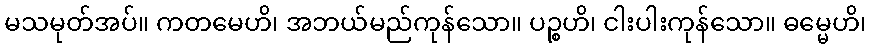
မသမုတ်အပ်။ ကတမေဟိ၊ အဘယ်မည်ကုန်သော။ ပဉ္စဟိ၊ ငါးပါးကုန်သော။ ဓမ္မေဟိ၊